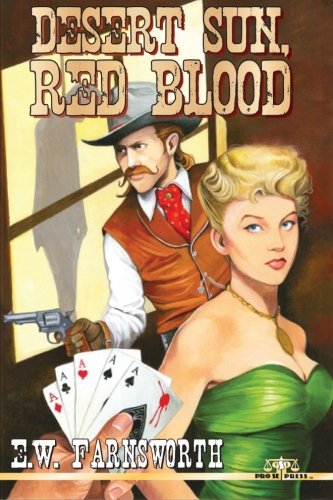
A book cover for Desert Sun, Red Blood; E. W. Farnsworth; Literature & Fiction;